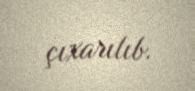
çıxarılıb.